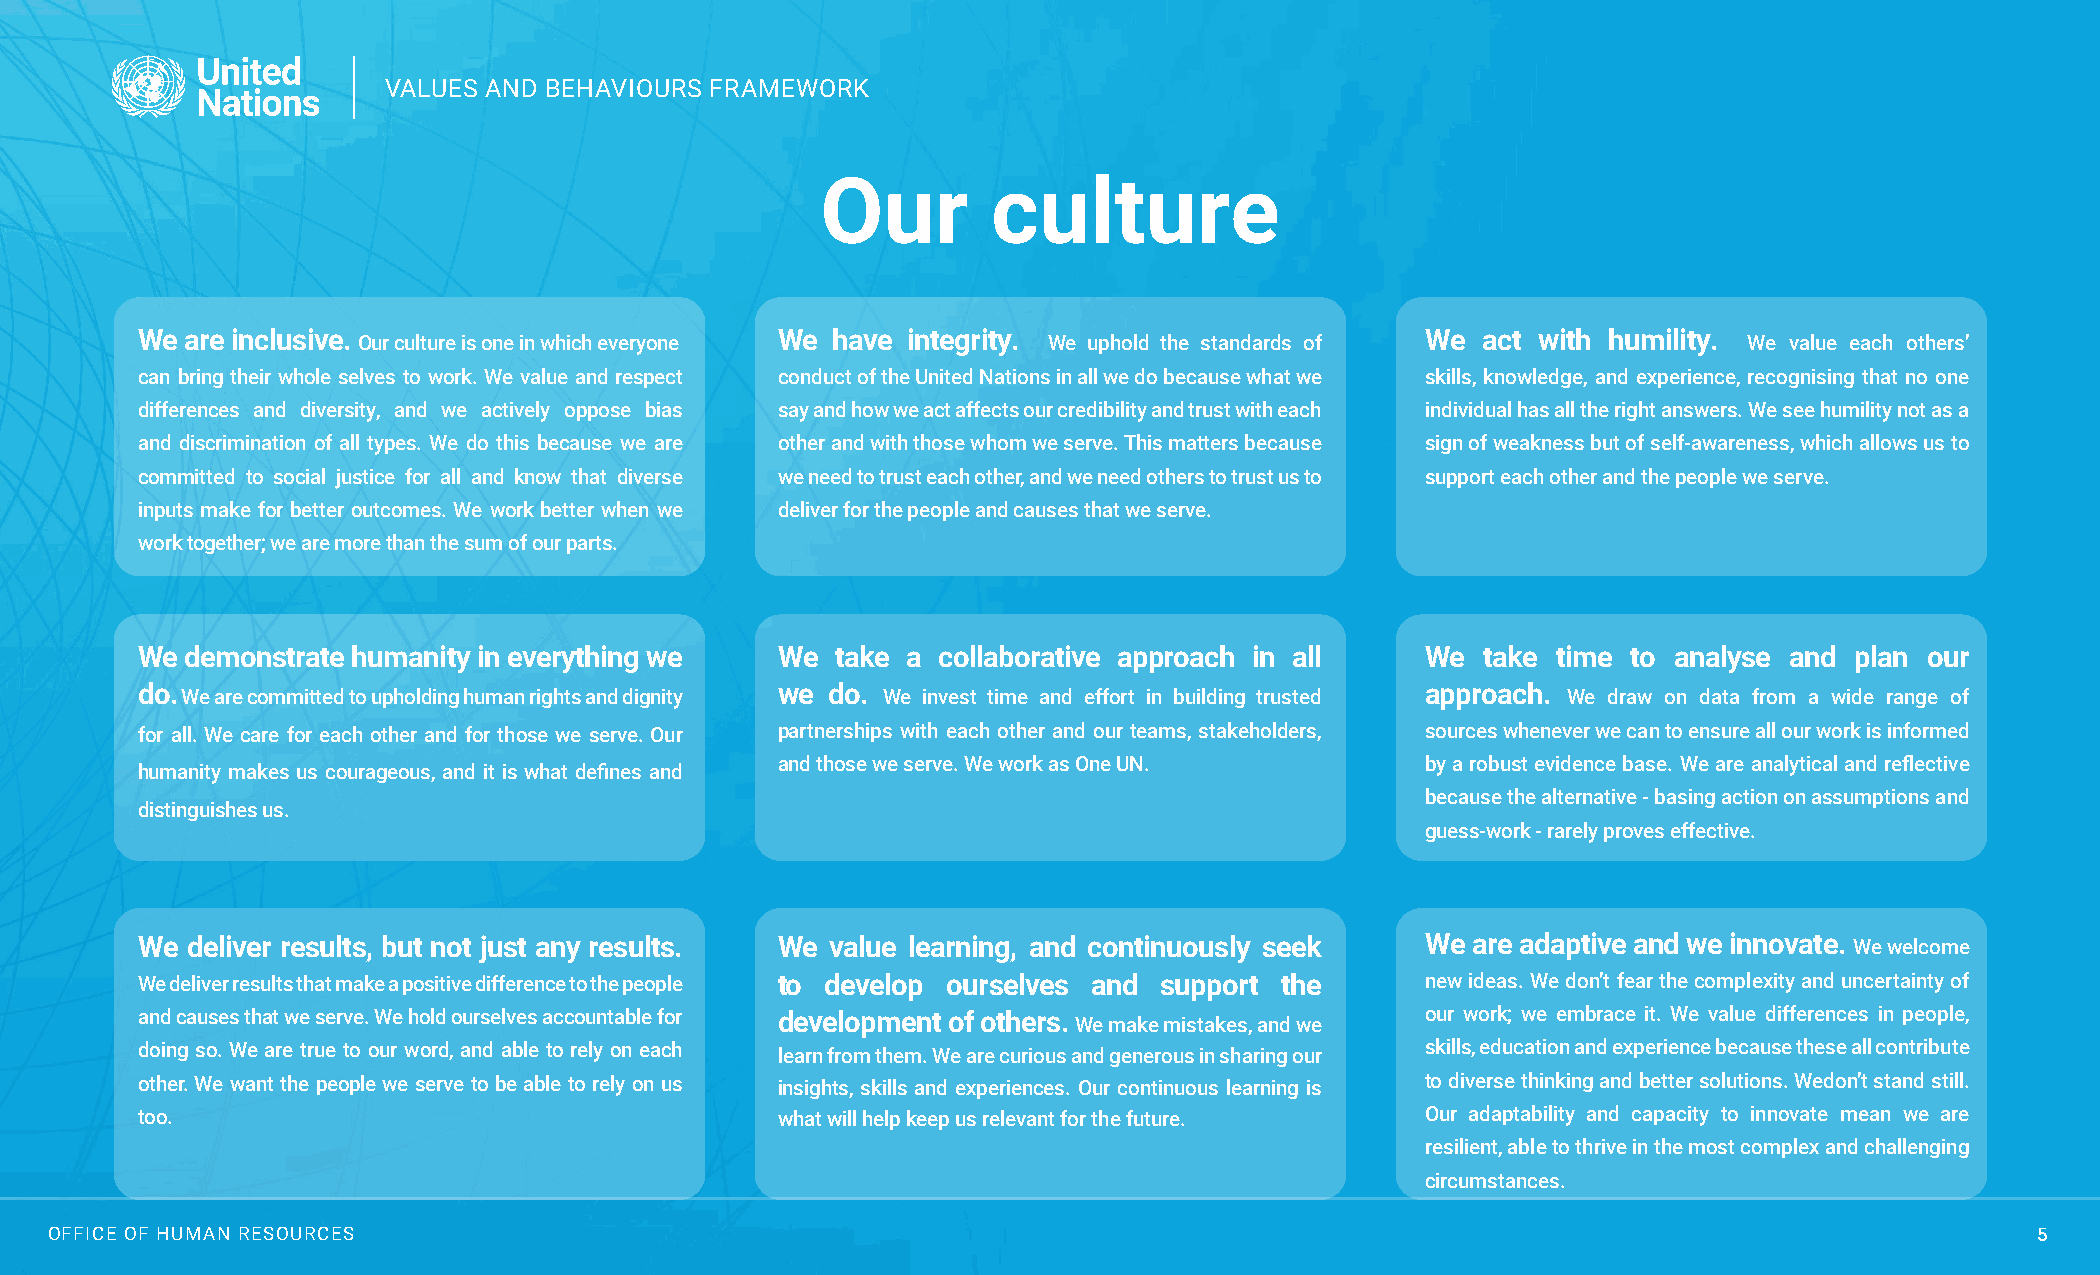
VALUES AND BEHAVIOURS FRAMEWORK
 Our         culture
 We are inclusive. Our culture is one in which everyone We have integrity. We uphold the standards of We act with humility. We value each others’
 can bring their whole selves to work. We value and respect conduct of the United Nations in all we do because what we skills, knowledge, and experience, recognising that no one
 differences and diversity, and we actively oppose bias say and how we act affects our credibility and trust with each individual has all the right answers. We see humility not as a
 and discrimination of all types. We do this because we are other and with those whom we serve. This matters because sign of weakness but of self-awareness, which allows us to
 committed to social justice for all and know that diverse we need to trust each other, and we need others to trust us to support each other and the people we serve.
 inputs make for better outcomes. We work better when we deliver for the people and causes that we serve.
 work together; we are more than the sum of our parts.
 We demonstrate humanity in everything we  We  take a collaborative approach in all   We  take time to analyse and plan our
 do. We are committed to upholding human rights and dignity we do. We invest time and effort in building trusted approach. We draw on data from a wide range of
 for all. We care for each other and for those we serve. Our partnerships with each other and our teams, stakeholders, sources whenever we can to ensure all our work is informed
 and those we serve. We work as One UN.     by a robust evidence base. We are analytical and reflective
 humanity makes us courageous, and it is what defines and
 because the alternative - basing action on assumptions and
 distinguishes us.
 guess-work - rarely proves effective.
 We deliver results, but not just any results. We value learning, and continuously seek We are adaptive and we innovate. We welcome
 We deliver results that make a positive difference to the people to develop ourselves and support the new ideas. We don’t fear the complexity and uncertainty of
 and causes that we serve. We hold ourselves accountable for development of others. We make mistakes, and we our work; we embrace it. We value differences in people,
 doing so. We are true to our word, and able to rely on each learn from them. We are curious and generous in sharing our skills, education and experience because these all contribute
 other. We want the people we serve to be able to rely on us insights, skills and experiences. Our continuous learning is to diverse thinking and better solutions. Wedon’t stand still.
 too.                                      what will help keep us relevant for the future. Our adaptability and capacity to innovate mean we are
 resilient, able to thrive in the most complex and challenging
 circumstances.
 OOFFFFIICCEE OOFF HHUUMMAANN RREESSOOUURRCCEESS (OHR)                                                                               55